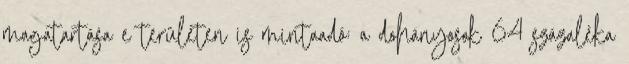
magatartása e területen is mintaadó: a dohányosok 64 százaléka